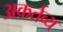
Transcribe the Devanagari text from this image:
अकर्तव्य